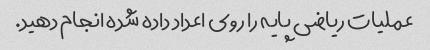
عملیات ریاضی پایه را روی اعداد داده شده انجام دهید.